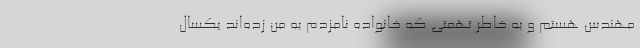
مهندس هستم و به خاطر تهمتی که خانواده نامزدم به من زده‌اند یکسال